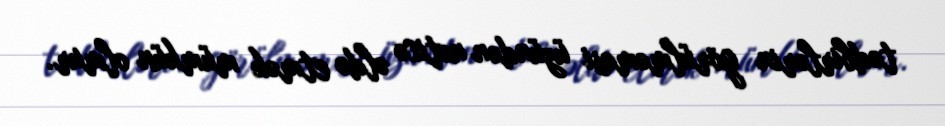
tədbirlərin görülməməsi üzündən nəticə əldə etmək mümkün olmur.